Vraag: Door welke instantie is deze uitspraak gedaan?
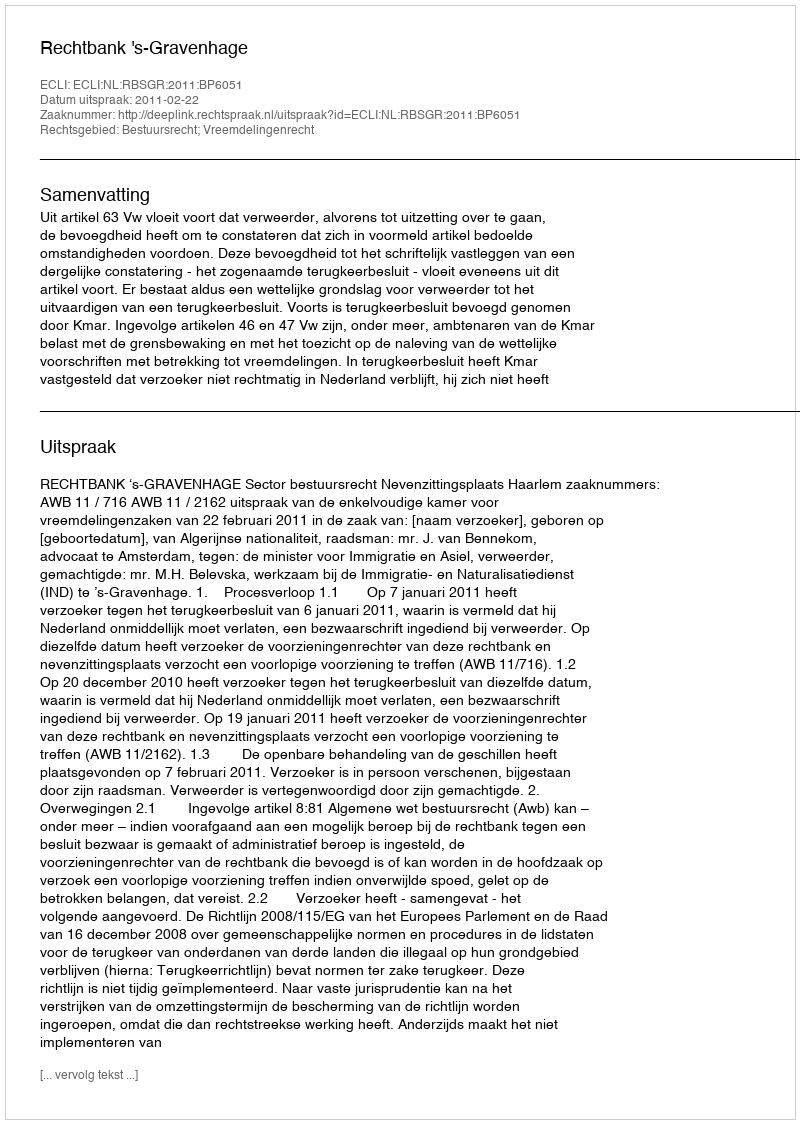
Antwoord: Rechtbank 's-Gravenhage